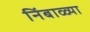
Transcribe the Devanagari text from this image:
निंबाळ्या